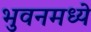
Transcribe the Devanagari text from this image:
भुवनमध्ये